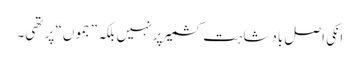
انکی اصل بادشاہت کشمیر پر نہیں بلکہ ”جموں“ پر تھی۔